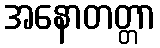
အနောတတ္တာ